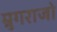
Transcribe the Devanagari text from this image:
म्रुगराजो